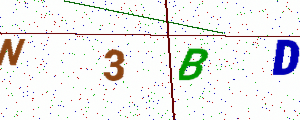
Text: N3BD